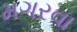
મગરવા